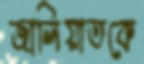
জালিয়াতকে